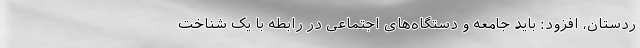
ردستان، افزود: باید جامعه و دستگاه‌های اجتماعی در رابطه با یک شناخت